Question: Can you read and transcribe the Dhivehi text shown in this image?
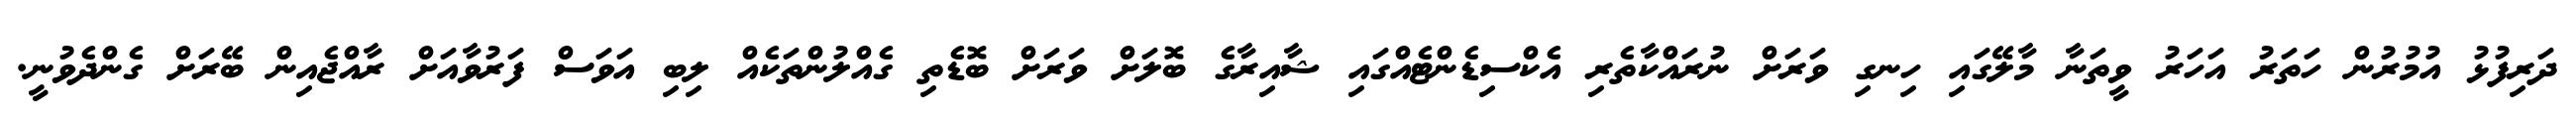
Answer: ދަރިފުޅު އުމުރުން ހަތަރު އަހަރު ވީތަނާ މާލޭގައި ހިނގި ވަރަށް ނުރައްކާތެރި އެކްސިޑެންޓެއްގައި ޝާއިރާގެ ބޮލަށް ވަރަށް ބޮޑެތި ގެއްލުންތަކެއް ލިބި އަވަސް ފަރުވާއަށް ރާއްޖެއިން ބޭރަށް ގެންދެވުނީ.